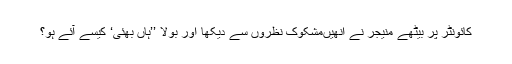
کائونٹر پر بیٹھے منیجر نے انھیںمشکوک نظروں سے دیکھا اور بولا ’’ہاں بھئی‘ کیسے آئے ہو؟